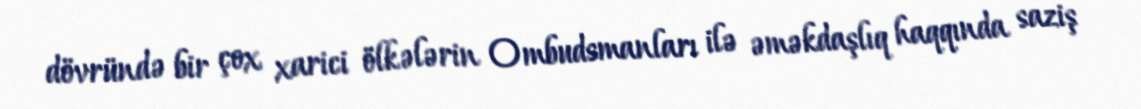
dövründə bir çox xarici ölkələrin Ombudsmanları ilə əməkdaşlıq haqqında saziş